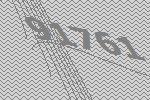
91761